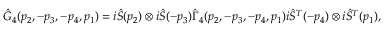
\hat { G } _ { 4 } ( p _ { 2 } , - p _ { 3 } , - p _ { 4 } , p _ { 1 } ) = i \hat { S } ( p _ { 2 } ) \otimes i \hat { S } ( - p _ { 3 } ) \hat { \Gamma } _ { 4 } ( p _ { 2 } , - p _ { 3 } , - p _ { 4 } , p _ { 1 } ) i \hat { S } ^ { T } ( - p _ { 4 } ) \otimes i \hat { S } ^ { T } ( p _ { 1 } ) ,